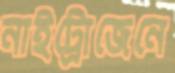
নাইট্রোজেনে